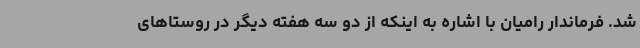
شد. فرماندار رامیان با اشاره به اینکه از دو سه هفته دیگر در روستاهای